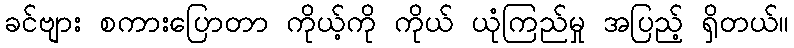
ခင်ဗျား စကားပြောတာ ကိုယ့်ကို ကိုယ် ယုံကြည်မှု အပြည့် ရှိတယ်။